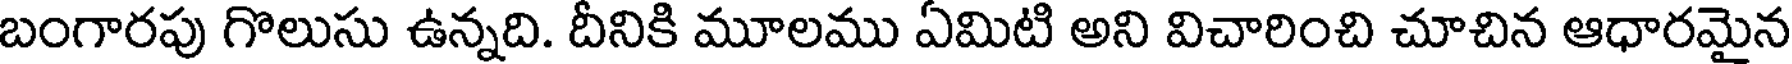
బంగారపు గొలుసు ఉన్నది. దీనికి మూలము ఏమిటి అని విచారించి చూచిన ఆధారమైన